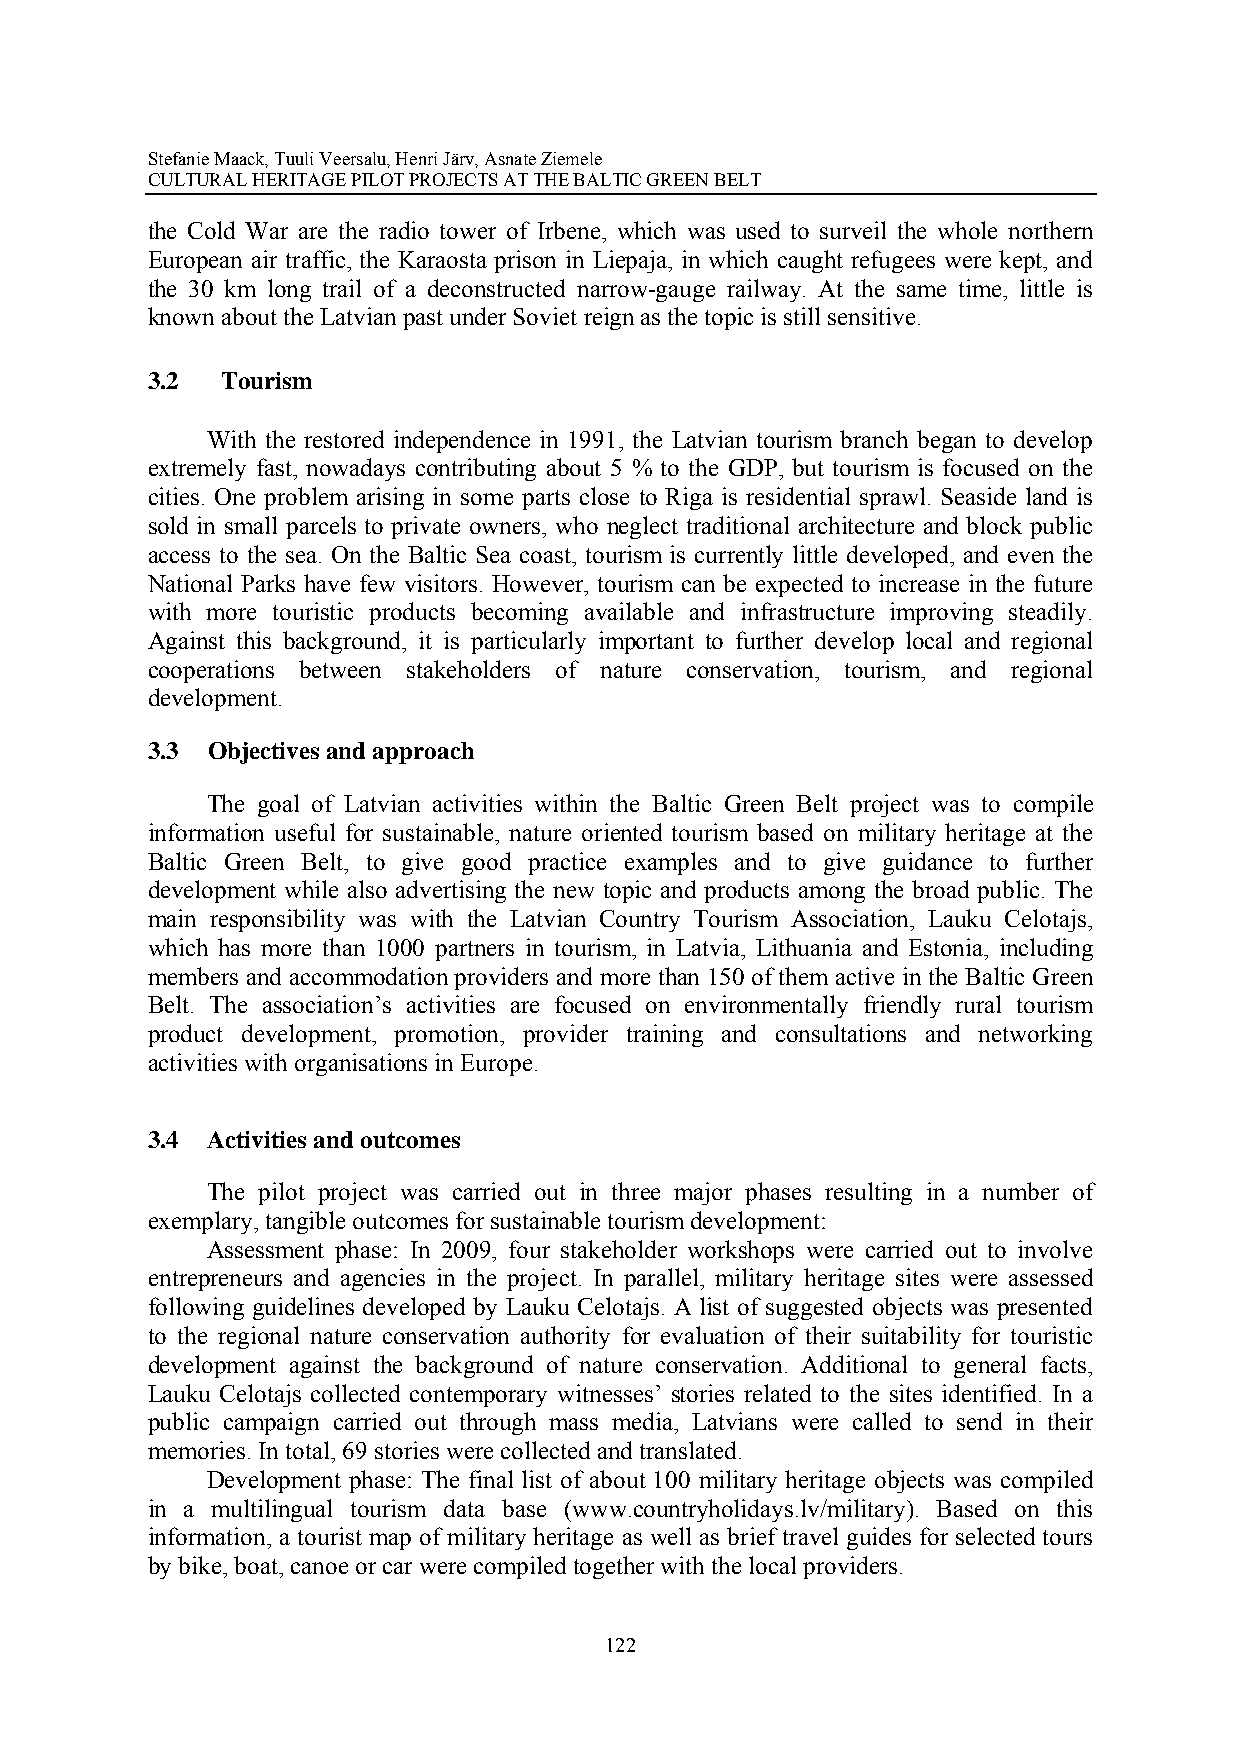
Stefanie Maack, Tuuli Veersalu, Henri Järv, Asnate Ziemele
 CULTURAL HERITAGE PILOT PROJECTS AT THE BALTIC GREEN BELT
 the Cold War are the radio tower of Irbene, which was used to surveil the whole northern
 European air traffic, the Karaosta prison in Liepaja, in which caught refugees were kept, and
 the 30 km long trail of a deconstructed narrow-gauge railway. At the same time, little is
 known about the Latvian past under Soviet reign as the topic is still sensitive.
 3.2  Tourism
 With the restored independence in 1991, the Latvian tourism branch began to develop
 extremely fast, nowadays contributing about 5 % to the GDP, but tourism is focused on the
 cities. One problem arising in some parts close to Riga is residential sprawl. Seaside land is
 sold in small parcels to private owners, who neglect traditional architecture and block public
 access to the sea. On the Baltic Sea coast, tourism is currently little developed, and even the
 National Parks have few visitors. However, tourism can be expected to increase in the future
 with more touristic products becoming available and infrastructure improving steadily.
 Against this background, it is particularly important to further develop local and regional
 cooperations between stakeholders of nature conservation, tourism, and regional
 development.
 3.3 Objectives and approach
 The goal of Latvian activities within the Baltic Green Belt project was to compile
 information useful for sustainable, nature oriented tourism based on military heritage at the
 Baltic Green Belt, to give good practice examples and to give guidance to further
 development while also advertising the new topic and products among the broad public. The
 main responsibility was with the Latvian Country Tourism Association, Lauku Celotajs,
 which has more than 1000 partners in tourism, in Latvia, Lithuania and Estonia, including
 members and accommodation providers and more than 150 of them active in the Baltic Green
 Belt. The association’s activities are focused on environmentally friendly rural tourism
 product development, promotion, provider training and consultations and networking
 activities with organisations in Europe.
 3.4 Activities and outcomes
 The pilot project was carried out in three major phases resulting in a number of
 exemplary, tangible outcomes for sustainable tourism development:
 Assessment phase: In 2009, four stakeholder workshops were carried out to involve
 entrepreneurs and agencies in the project. In parallel, military heritage sites were assessed
 following guidelines developed by Lauku Celotajs. A list of suggested objects was presented
 to the regional nature conservation authority for evaluation of their suitability for touristic
 development against the background of nature conservation. Additional to general facts,
 Lauku Celotajs collected contemporary witnesses’ stories related to the sites identified. In a
 public campaign carried out through mass media, Latvians were called to send in their
 memories. In total, 69 stories were collected and translated.
 Development phase: The final list of about 100 military heritage objects was compiled
 in a multilingual tourism data base (www.countryholidays.lv/military). Based on this
 information, a tourist map of military heritage as well as brief travel guides for selected tours
 by bike, boat, canoe or car were compiled together with the local providers.
 122